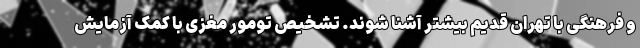
و فرهنگی با تهران قدیم بیشتر آشنا شوند. تشخیص تومور مغزی با کمک آزمایش